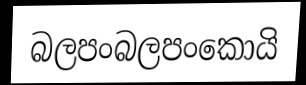
බලපංබලපංකොයි